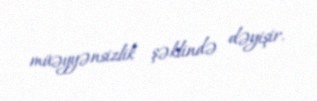
müəyyənsizlik şəklində dəyişir.